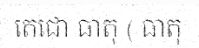
តេជោ ធាតុ ( ធាតុ